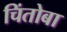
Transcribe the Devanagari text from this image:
चिंतोबा